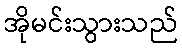
အိုမင်းသွားသည်